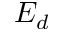
E _ { d }